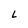
Character: L